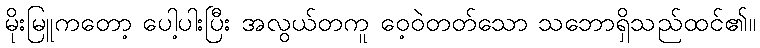
မိုးမြူကတော့ ပေါ့ပါးပြီး အလွယ်တကူ ဝေ့ဝဲတတ်သော သဘောရှိသည်ထင်၏။